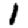
Digit: 1